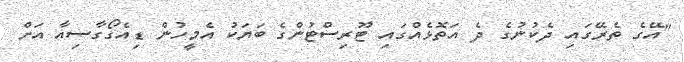
"އޭގެ ތެރޭގައި ދެކުނުގެ ދެ އަތޮޅެއްގައި ޓޫރިސްޓުންގެ ބަޔަކު އެމީހުން ޑިއެގޯގާސިއާ އަށް